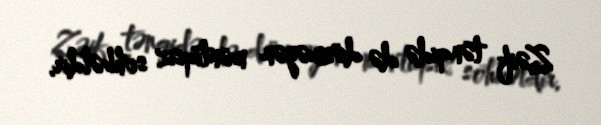
Zəif tənqidə də dözməyən məntiqsiz söhbətdir.